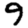
Digit: 9